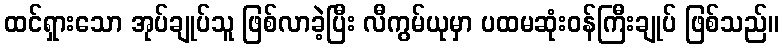
ထင်ရှားသော အုပ်ချုပ်သူ ဖြစ်လာခဲ့ပြီး လီကွမ်ယုမှာ ပထမဆုံးဝန်ကြီးချုပ် ဖြစ်သည်။